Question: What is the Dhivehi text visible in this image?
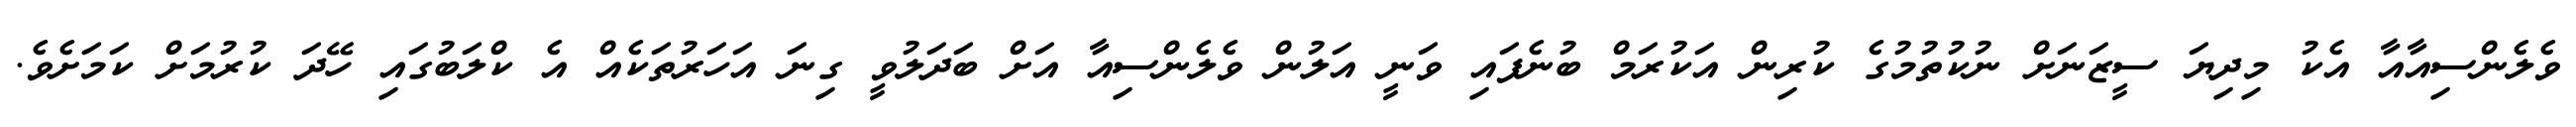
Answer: ވެލެންސިއާއާ އެކު މިދިޔަ ސީޒަނަށް ނުކުތުމުގެ ކުރިން އަކުރަމް ބުނެފައި ވަނީ އަލުން ވެލެންސިއާ އަށް ބަދަލުވީ ގިނަ އަހަރުތަކެއް އެ ކްލަބުގައި ހޭދަ ކުރުމަށް ކަމަށެވެ.